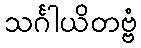
သင်္ဂါယိတဗ္ဗံ